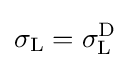
\sigma _{\text{L}}=\sigma _{\text{L}}^{\text{D}}